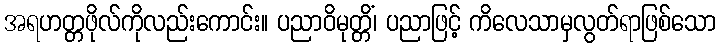
အရဟတ္တဖိုလ်ကိုလည်းကောင်း။ ပညာဝိမုတ္တိံ၊ ပညာဖြင့် ကိလေသာမှလွတ်ရာဖြစ်သော